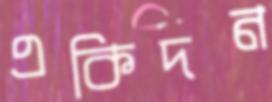
একিদন